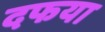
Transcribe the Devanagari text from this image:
दफया